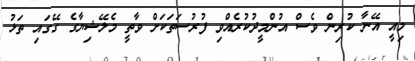
މިއީ އޭނާ ކުރިން ވެސް އުންމީދުކުރެއްވި ފުރުސަތަކަށް ވާތީ މެލޭޝިޔާގެ ގޭގައި ތަޅު